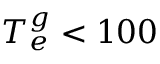
T _ { e } ^ { g } < 1 0 0 \